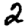
Digit: 2